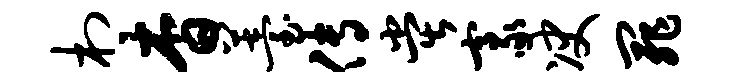
村杳薹传堂豪决罪